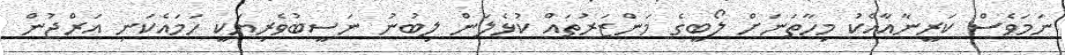
ނަމަވެސް ކަރީނާއާއެކު މިހާތަނަށް ލޯބީގެ މަންޒަރުތައް ކުޅެލަން ލިބުނު ނަސީބުވެރިޔަކީ ހަމައެކަނި އަރްޖުން